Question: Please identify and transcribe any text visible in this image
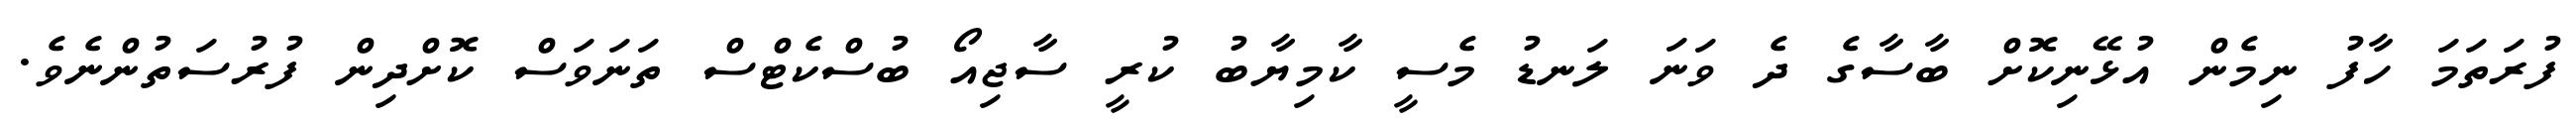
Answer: ފުރަތަމަ ހާފު ނިމެން އުޅޭނިކޮށް ބާސާގެ ދެ ވަނަ ލަނޑު މެސީ ކާމިޔާބު ކުރީ ސާޖިއޯ ބުސްކެޓްސް ތަނަވަސް ކޮށްދިން ފުރުސަތުންނެވެ.